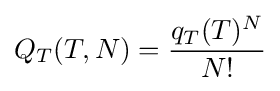
Q_{T}(T,N)={\frac {q_{T}(T)^{N}}{N!}}